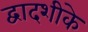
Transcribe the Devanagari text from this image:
द्वादशीके